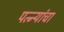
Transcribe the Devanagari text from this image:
पत्‍न्यांचा